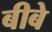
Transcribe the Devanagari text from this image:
बीबे